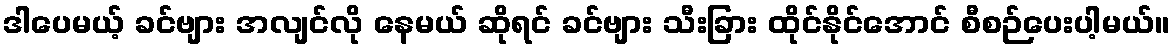
ဒါပေမယ့် ခင်ဗျား အလျင်လို နေမယ် ဆိုရင် ခင်ဗျား သီးခြား ထိုင်နိုင်အောင် စီစဉ်ပေးပါ့မယ်။